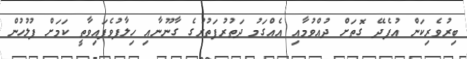
ބިރުވެރިކަން އުފެދޭ ގޮތަށް ދުއްވުމާއި އެއްގަމު ދަތުރުފަތުރުގެ ގާނޫނާއި ހިލާފުވެފައިވާތީ ކަމަށް ފުލުހުން